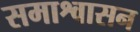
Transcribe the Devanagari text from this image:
समाश्वासन